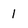
Character: l